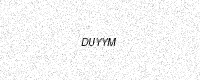
Text: DUYYM